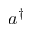
a ^ { \dagger }